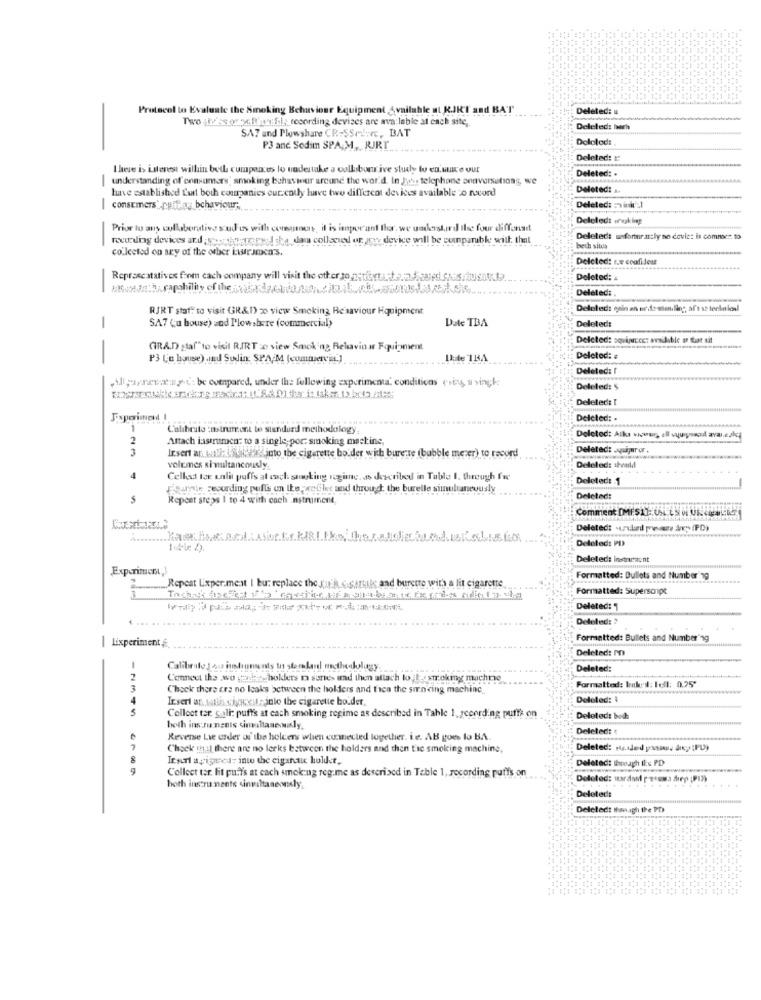
Protecol to Evaluate the Smoking Behaviour Equipment Available at KJK'T and BAT
Deleted: u
Two ,hissoulher.fil; recording devises are available at each site ,.
-
Deleted: herh
SA7 and Plowshare CR:SSrinrc, BAT
Dololad:
P3 anc. Sedim SPAM, RURT
Deleted: !:
There is interest within beth cumpances lo undertake a collaborative study to en.me our
Deleted: .
-
understanding of consumers; smoking behaviour around the wor'd. In Job telephone sonversationg, we
have established L'at both companies currently luve two different devices available :o record
Deleted: a.
-
consumers: potenz behaviour-
Deleted: zink :1
Deleled: „ruakiep
Prior to any collaborative sud us with conamore, il is important the. we undersdird the four diffonsit
recording devices and exchangepys the dam collected or any device will be compatible with that
Deleted: uniforturattly no covic: is commacz. to
collected on sry of the orber i:warsmen's.
bech situa
Delcted: s.e coufiJest
Reprascatatives from cach company will visit the other zo paratets-t-onscaredassist
Deleted: #
Deleted:
RJRT staf"' to visit GR&I) 20 view Smoking Be saviour Hquipment
Date TBA
Deleted:
-
SA7 (a house) und Plowsbere (commercial)
Deleted: squipreet available on that sit
GIRA.D staf" to visil RIRT :o view Smoking Relavin ar Equipment
-
P3 Co house) and Sudin SPAM (commerci.]
Deleted: #
Deleted: I
Allparsevat:y ...: be compared, under the following experimenta. conditions (si, a sinck
Deleted: 5
Deleted: 1
Deleted: .
1
Calibrate instrument te stendurd methodology
2
Attach iastrumen; to a single; por: smoking maskine
Deleted: Alka vicwur, all vyuysoil aval.
3
Insert ar that's itfits into the cigarette bo der wich burette (bubble mezer) to record
Deleted: quijaror.
volumes simultaneously
Deleted: : heald
Celles ter unlit puffs at each smoking regime. as described in Table 1. through fre
Deleted: 1
gigante Feourding pulls on Ike welles and through the burelle simultaneously
Repeat steps I to 4 with each .nstrument
Deleted:
Comment [MFS1]: UL ES UN LAT
Deleted: - undlinl pese den (PD)
Deleted: PD
Deleted: instru:acnt
Experiment,3
Repeat Lixper.mest I bu: replace the qu'a Gistrsale and burette with a lit cigarette
Formatted: Bullets and Number 19
Formatted: Supersoupe
Deleted:
. ..
Deleted: ?
|Lixperiment
Formatted: Bullets and Number'ng
Deleted: MO
Calibrate Jass instruments in starslanl metaboligy.
Deleted:
2
Connect the wo achasholders to santes and then attach lojt stroking machme
3
Chock there are no leaks between the holders and fien the sinking machine,
Formatted: ladet: Iell: 0.25'
4
Insert at wtbis sigecosts into the cigarette bo.der,
Deleted: 4
5
Collect tor gali: puffs at each smoking regime as described in Tahle 1, yccerding puffs on
Deleted: bod
hoth ins runents cinaltanewly.
Deleted:
Reverse Lie order of' ibe holcers when connected together, i.e. AB goes to B ..
7
Check thal there are no lerks between the holders and then the smoking machine,
Deleted: added pass, diey (PD)
8
Ituri avigared: into the ciganaic holder,
Deleted: Ihreagh il:c PD
Collect tor. lit puff's at each smoking reg.me as described in Table 1, recording puffs on
Deleted: wardmed petsma diry (Pin)
hoth instru mente cinviltaneously
Deleted:
Deleted! Ihm.igh the PD